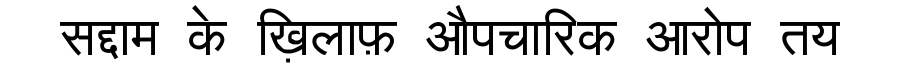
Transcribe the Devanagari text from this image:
सद्दाम के ख़िलाफ़ औपचारिक आरोप तय